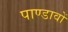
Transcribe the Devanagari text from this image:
पाण्डावों